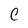
Character: c